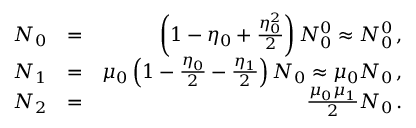
\begin{array} { r l r } { N _ { 0 } } & { = } & { \left( 1 - \eta _ { 0 } + \frac { \eta _ { 0 } ^ { 2 } } { 2 } \right) N _ { 0 } ^ { 0 } \approx N _ { 0 } ^ { 0 } \, , } \\ { N _ { 1 } } & { = } & { \mu _ { 0 } \left( 1 - \frac { \eta _ { 0 } } { 2 } - \frac { \eta _ { 1 } } { 2 } \right) N _ { 0 } \approx \mu _ { 0 } N _ { 0 } \, , } \\ { N _ { 2 } } & { = } & { \frac { \mu _ { 0 } \mu _ { 1 } } { 2 } N _ { 0 } \, . } \end{array}